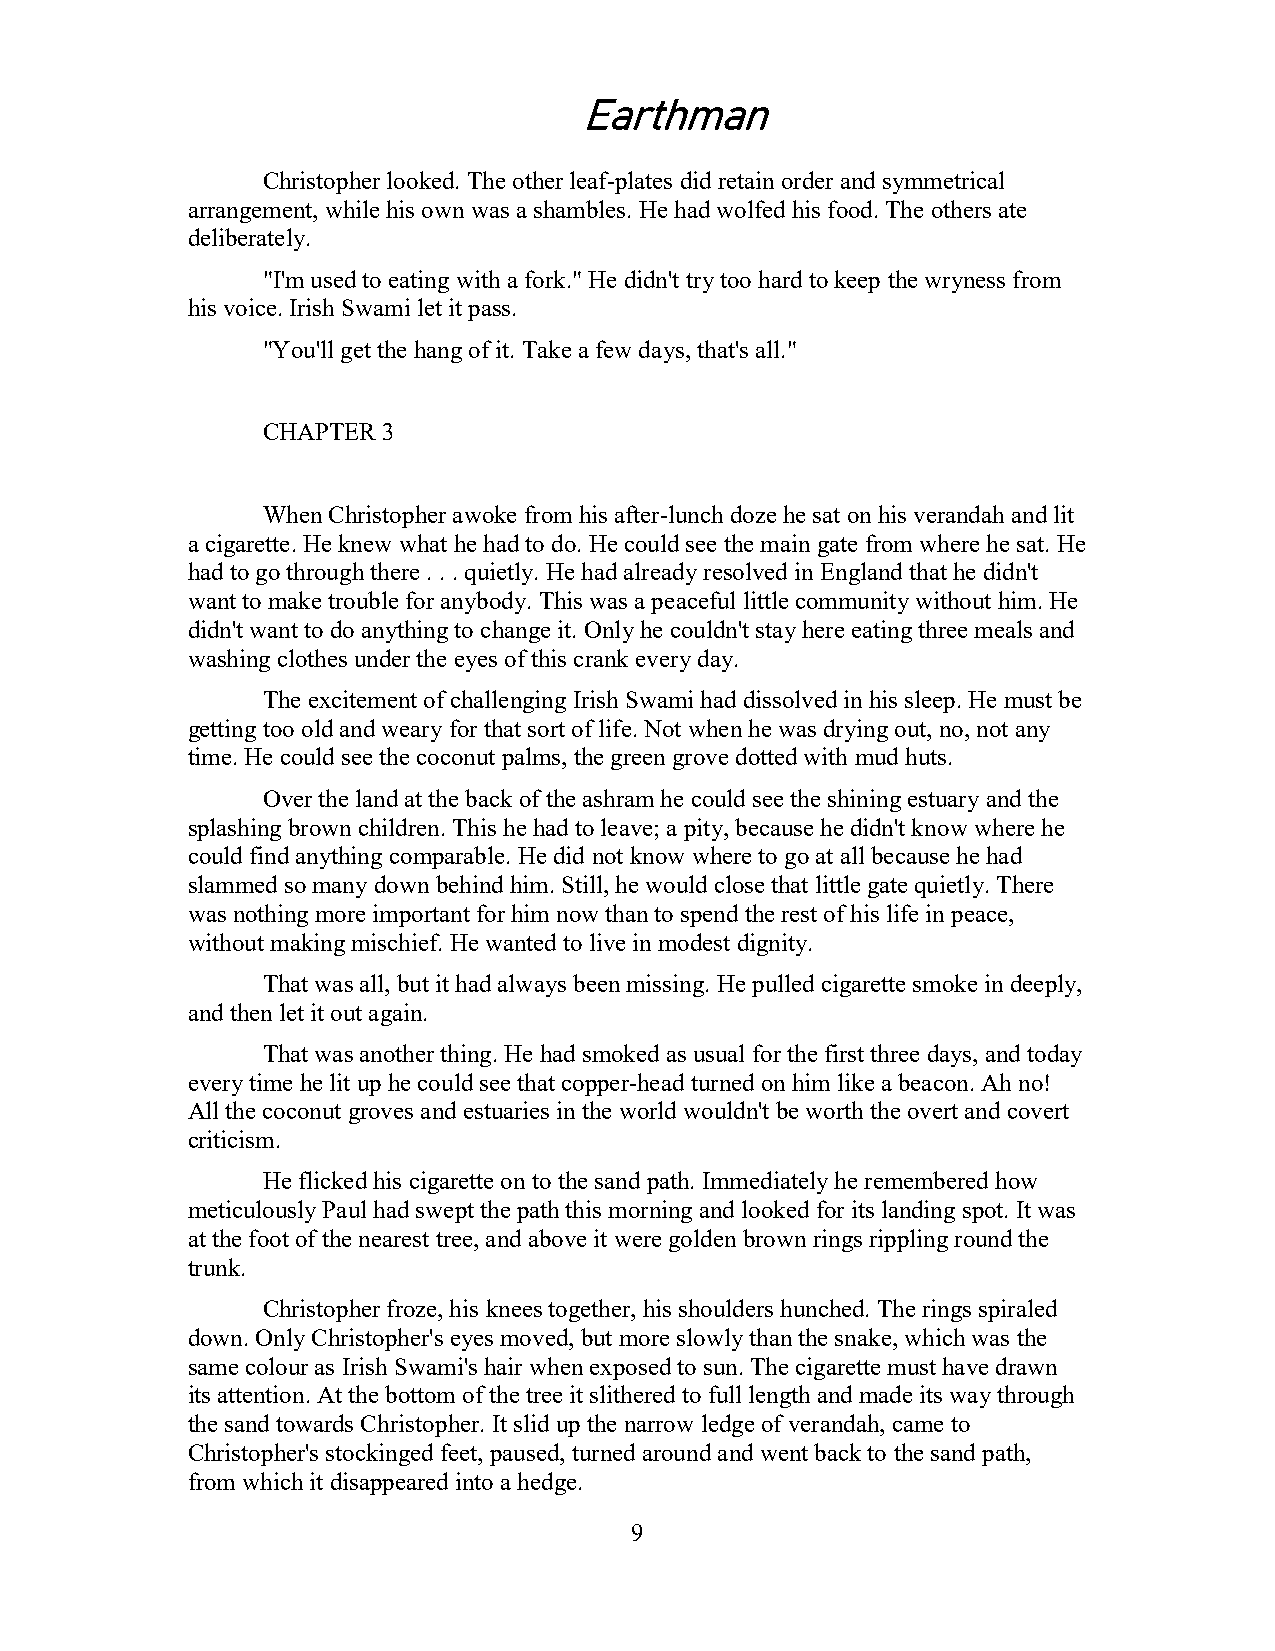
Earthman
 Christopher looked. The other leaf-plates did retain order and symmetrical
 arrangement, while his own was a shambles. He had wolfed his food. The others ate
 deliberately.
 "I'm used to eating with a fork." He didn't try too hard to keep the wryness from
 his voice. Irish Swami let it pass.
 "You'll get the hang of it. Take a few days, that's all."
 CHAPTER 3
 When Christopher awoke from his after-lunch doze he sat on his verandah and lit
 a cigarette. He knew what he had to do. He could see the main gate from where he sat. He
 had to go through there . . . quietly. He had already resolved in England that he didn't
 want to make trouble for anybody. This was a peaceful little community without him. He
 didn't want to do anything to change it. Only he couldn't stay here eating three meals and
 washing clothes under the eyes of this crank every day.
 The excitement of challenging Irish Swami had dissolved in his sleep. He must be
 getting too old and weary for that sort of life. Not when he was drying out, no, not any
 time. He could see the coconut palms, the green grove dotted with mud huts.
 Over the land at the back of the ashram he could see the shining estuary and the
 splashing brown children. This he had to leave; a pity, because he didn't know where he
 could find anything comparable. He did not know where to go at all because he had
 slammed so many down behind him. Still, he would close that little gate quietly. There
 was nothing more important for him now than to spend the rest of his life in peace,
 without making mischief. He wanted to live in modest dignity.
 That was all, but it had always been missing. He pulled cigarette smoke in deeply,
 and then let it out again.
 That was another thing. He had smoked as usual for the first three days, and today
 every time he lit up he could see that copper-head turned on him like a beacon. Ah no!
 All the coconut groves and estuaries in the world wouldn't be worth the overt and covert
 criticism.
 He flicked his cigarette on to the sand path. Immediately he remembered how
 meticulously Paul had swept the path this morning and looked for its landing spot. It was
 at the foot of the nearest tree, and above it were golden brown rings rippling round the
 trunk.
 Christopher froze, his knees together, his shoulders hunched. The rings spiraled
 down. Only Christopher's eyes moved, but more slowly than the snake, which was the
 same colour as Irish Swami's hair when exposed to sun. The cigarette must have drawn
 its attention. At the bottom of the tree it slithered to full length and made its way through
 the sand towards Christopher. It slid up the narrow ledge of verandah, came to
 Christopher's stockinged feet, paused, turned around and went back to the sand path,
 from which it disappeared into a hedge.
 9